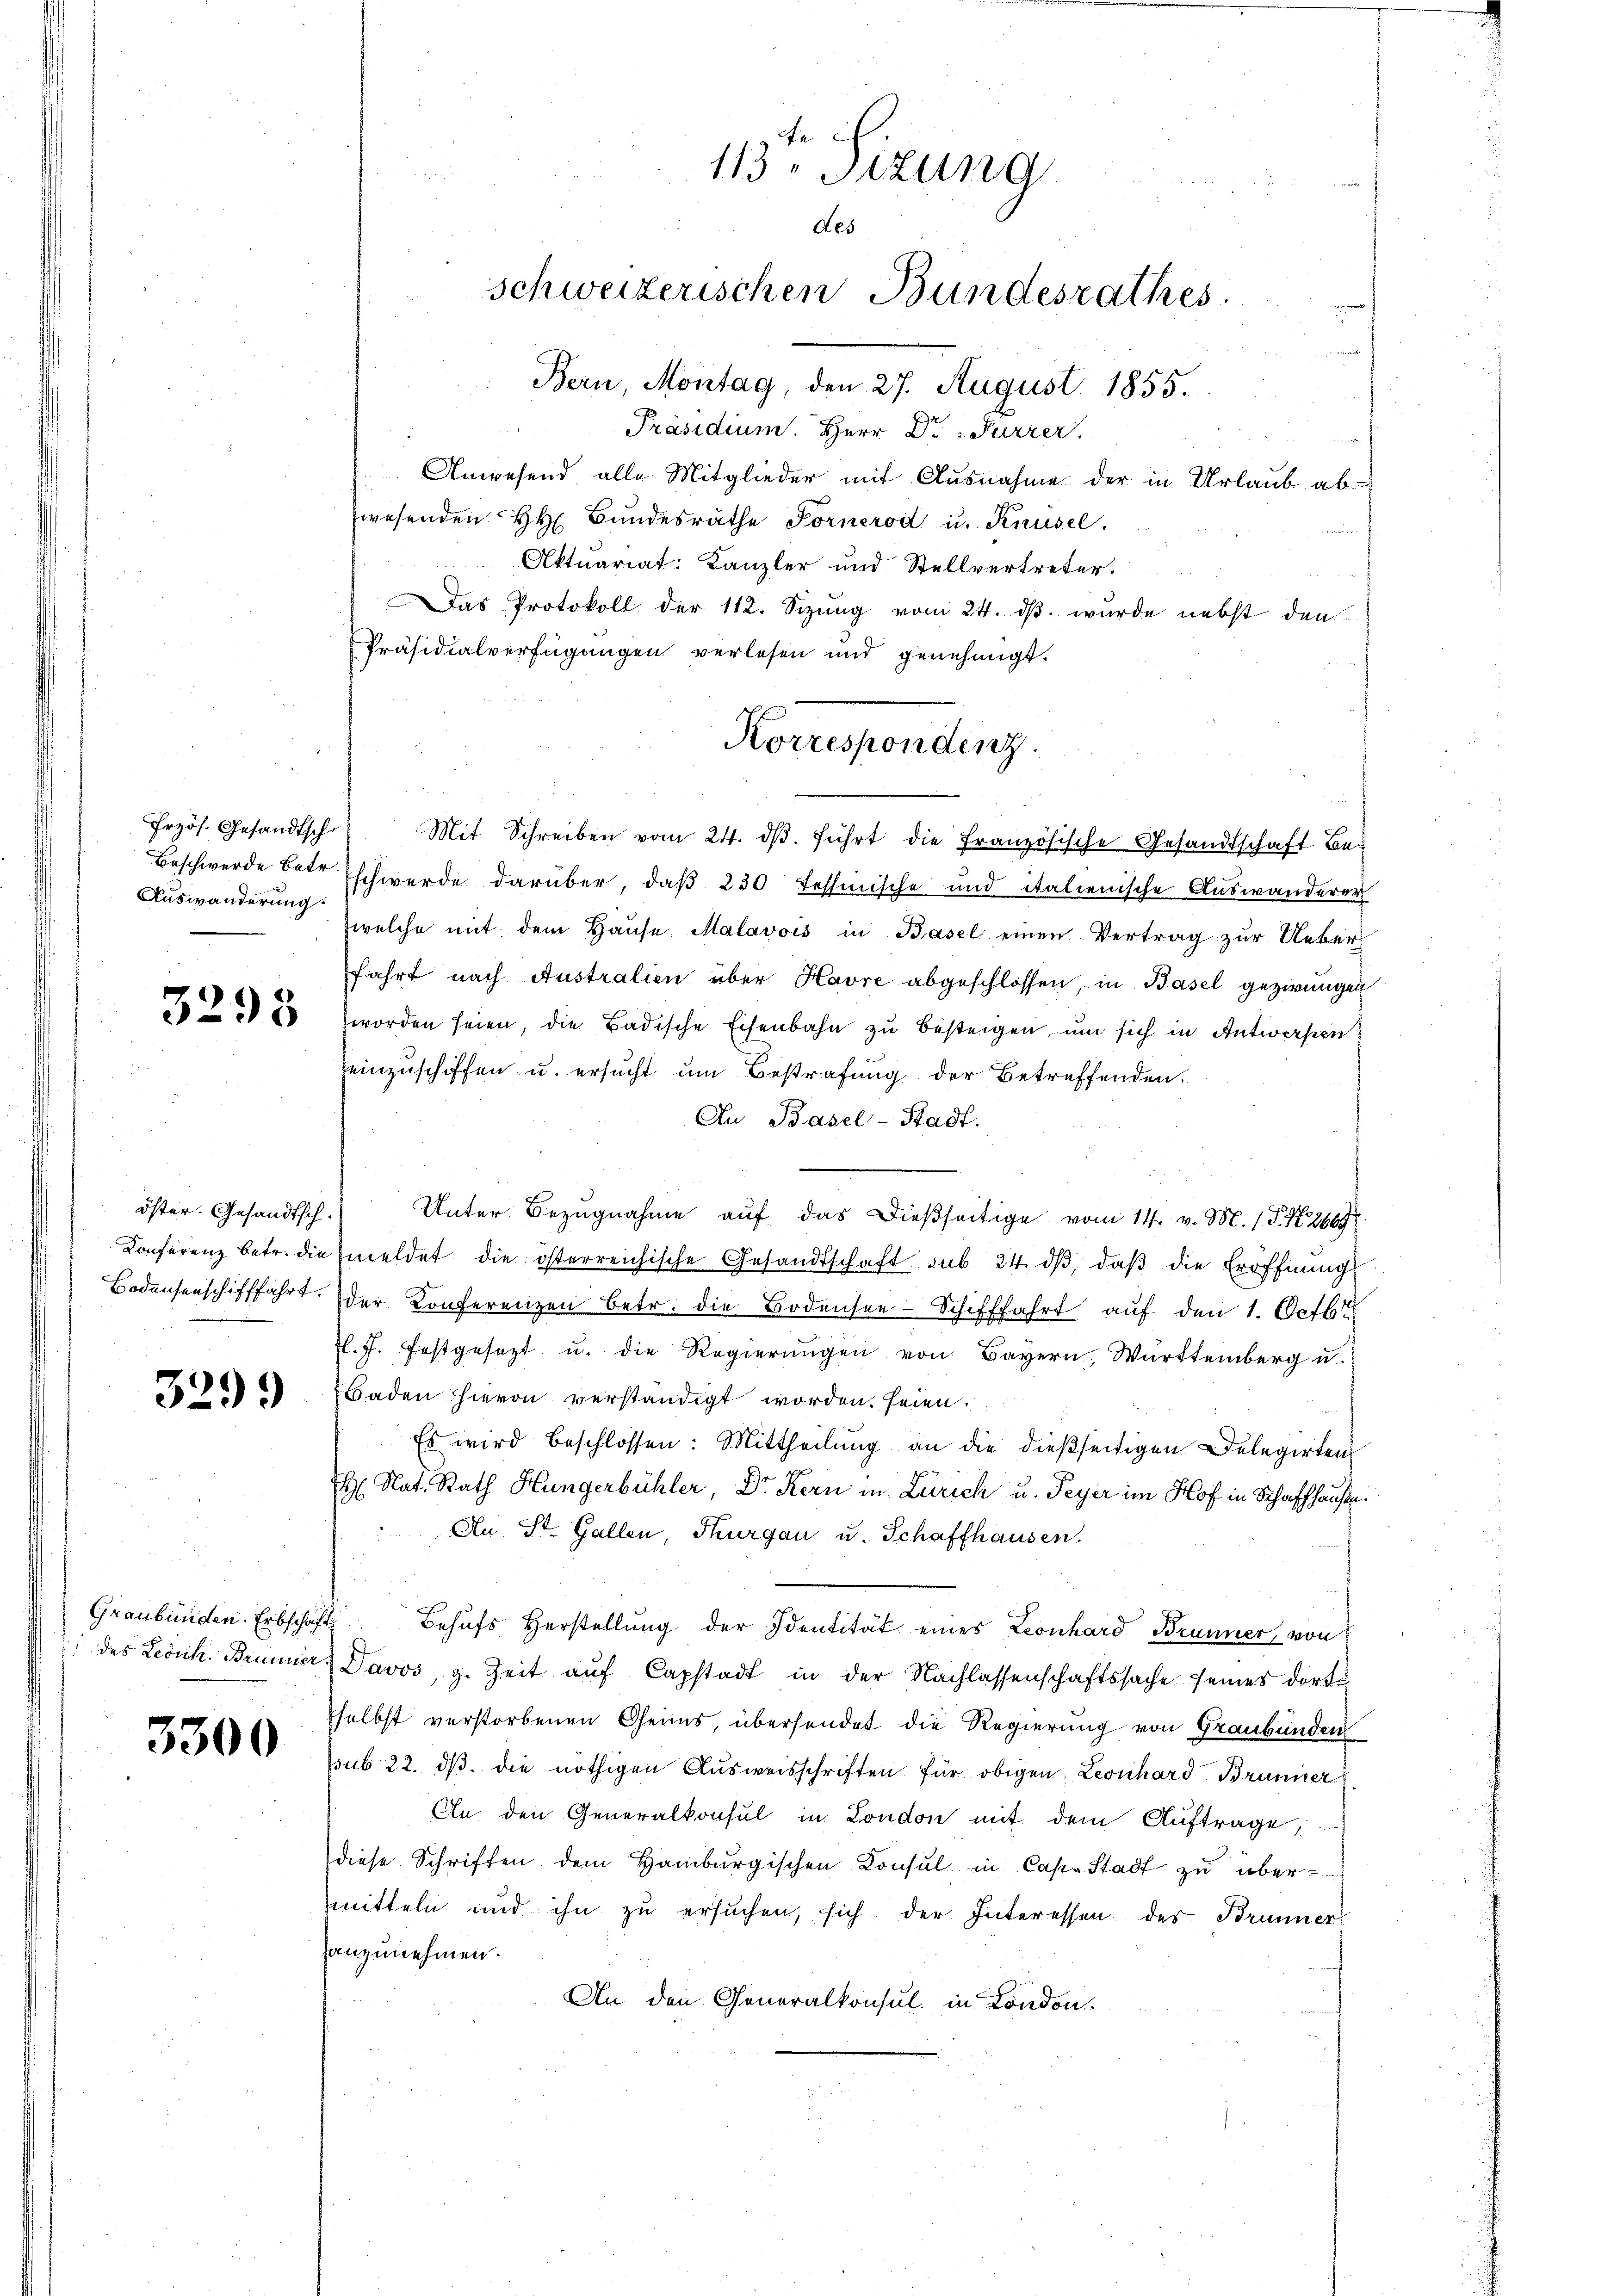
Frzös. Gesandtsch
Auswanderung.

3298

öster. Gesandtsch.

3299)

3300

Fa
113 Sizung
des
schweizerischen Bundesrathes
Bern, Montag, den 27. August 1855.

Präsidium. Herr Dr Furrer.
Anwesend alle Mitglieder mit Ausnahme der in Urlaub abwesenden H. Bundesräthe Fornerod u. Knüsel.
Aktuariat: Kanzler und Stellvertreter.
Das Protokoll der 112. Sizung vom 24. dβ. wurde nebst den
Präsidialverfügungen verlesen und genehmigt.
Mit Schreiben vom 24. dβ. führt die französische Gesandtschaft Be-
Beschwerde betr. schwerde darüber, daß 230 Tessinische und italienische Auswanderer
welche mit dem Haŭse Malavois in Basel einen Vertrag zur Ueberfahrt nach Australien über Havre abgeschlossen, in Basel gezwungen
worden seien, die Badische Eisenbahn zu besteigen, um sich in Antwerpen
einzuschiffen u. ersucht um Bestrafung der Betreffenden.
Au Basel-Stadt.
Unter Bezugnahme auf das dießseitige vom 14. v. M. (T. N. 2669
Konferenz betr. die meldet die österreichische Gesandtschaft sub. 24. dβ, daß die Eröffnung
Bodensenschifffahrt. der Konferenzen betr. die Bodensee-Schifffahrt auf den 1. Octbr
l. J. festgesezt u. die Regierungen von Bayern, Württemberg u.
Baden hievon verständigt worden seien.
Es wird beschlossen: Mittheilung an die dießseitigen Delegirten
H. Nat. Rath Hungerbühler, Dr. Kern in Zürich u. Peyer im Hof in Schaffhause.
An St. Gallen, Thurgau u. Schaffhausen.
Graubünden Erbschaft Behufs Herstellŭng der Identität eines Leonhard Brunner, von
 des Levich. Brunner Davos, z. Zeit auf Capstadt in der Nachlassenschaftssache seines dortselbst verstorbenen Geims, übersendet die Regierung von Graubünden
psub 22. ds. die nöthigen Ausweisschriften für obigen Leonhard Brunner
An den Generalkonsul in London mit dem Auftrage
diese Schriften dem Hamburgischen Konsul in Cap. Stadt zu über
mitteln und ihn zŭ ersŭchen, sich der Interessen des Brunner
anzunehmen.
An den Generalkonsul in London.

Korrespondenz.